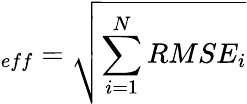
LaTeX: _{eff}=\sqrt{\sum_{i=1}^{N}RMSE_{i}}